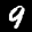
Label: 9